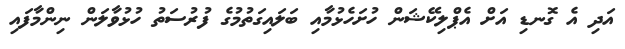
އަދި އެ ގޮނޑި އަށް އެޕްލިކޭޝަން ހުށަހެޅުމާއި ބަލައިގަތުމުގެ ފުރުސަތު ހުޅުވާލަން ނިންމާފައި